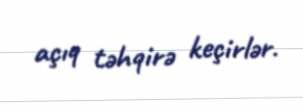
açıq təhqirə keçirlər.